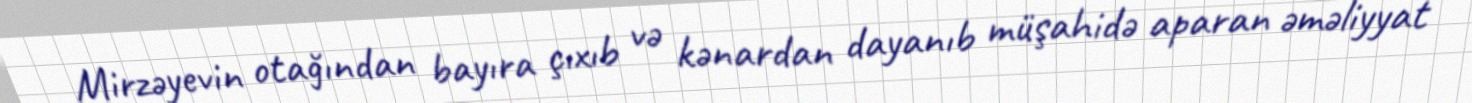
Mirzəyevin otağından bayıra çıxıb və kənardan dayanıb müşahidə aparan əməliyyat